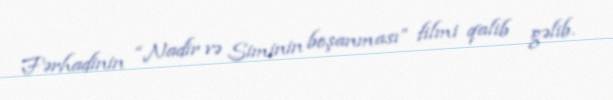
Fərhadinin “Nadir və Siminin boşanması” filmi qalib gəlib.